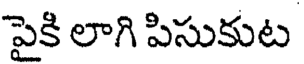
పైకి లాగి పిసుకుట